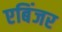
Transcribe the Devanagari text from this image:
एबिंजर